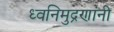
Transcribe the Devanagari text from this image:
ध्वनिमुद्रणांनी